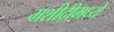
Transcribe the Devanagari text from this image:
मशीदीमध्ये